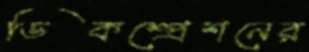
ডিকম্প্রেশনের